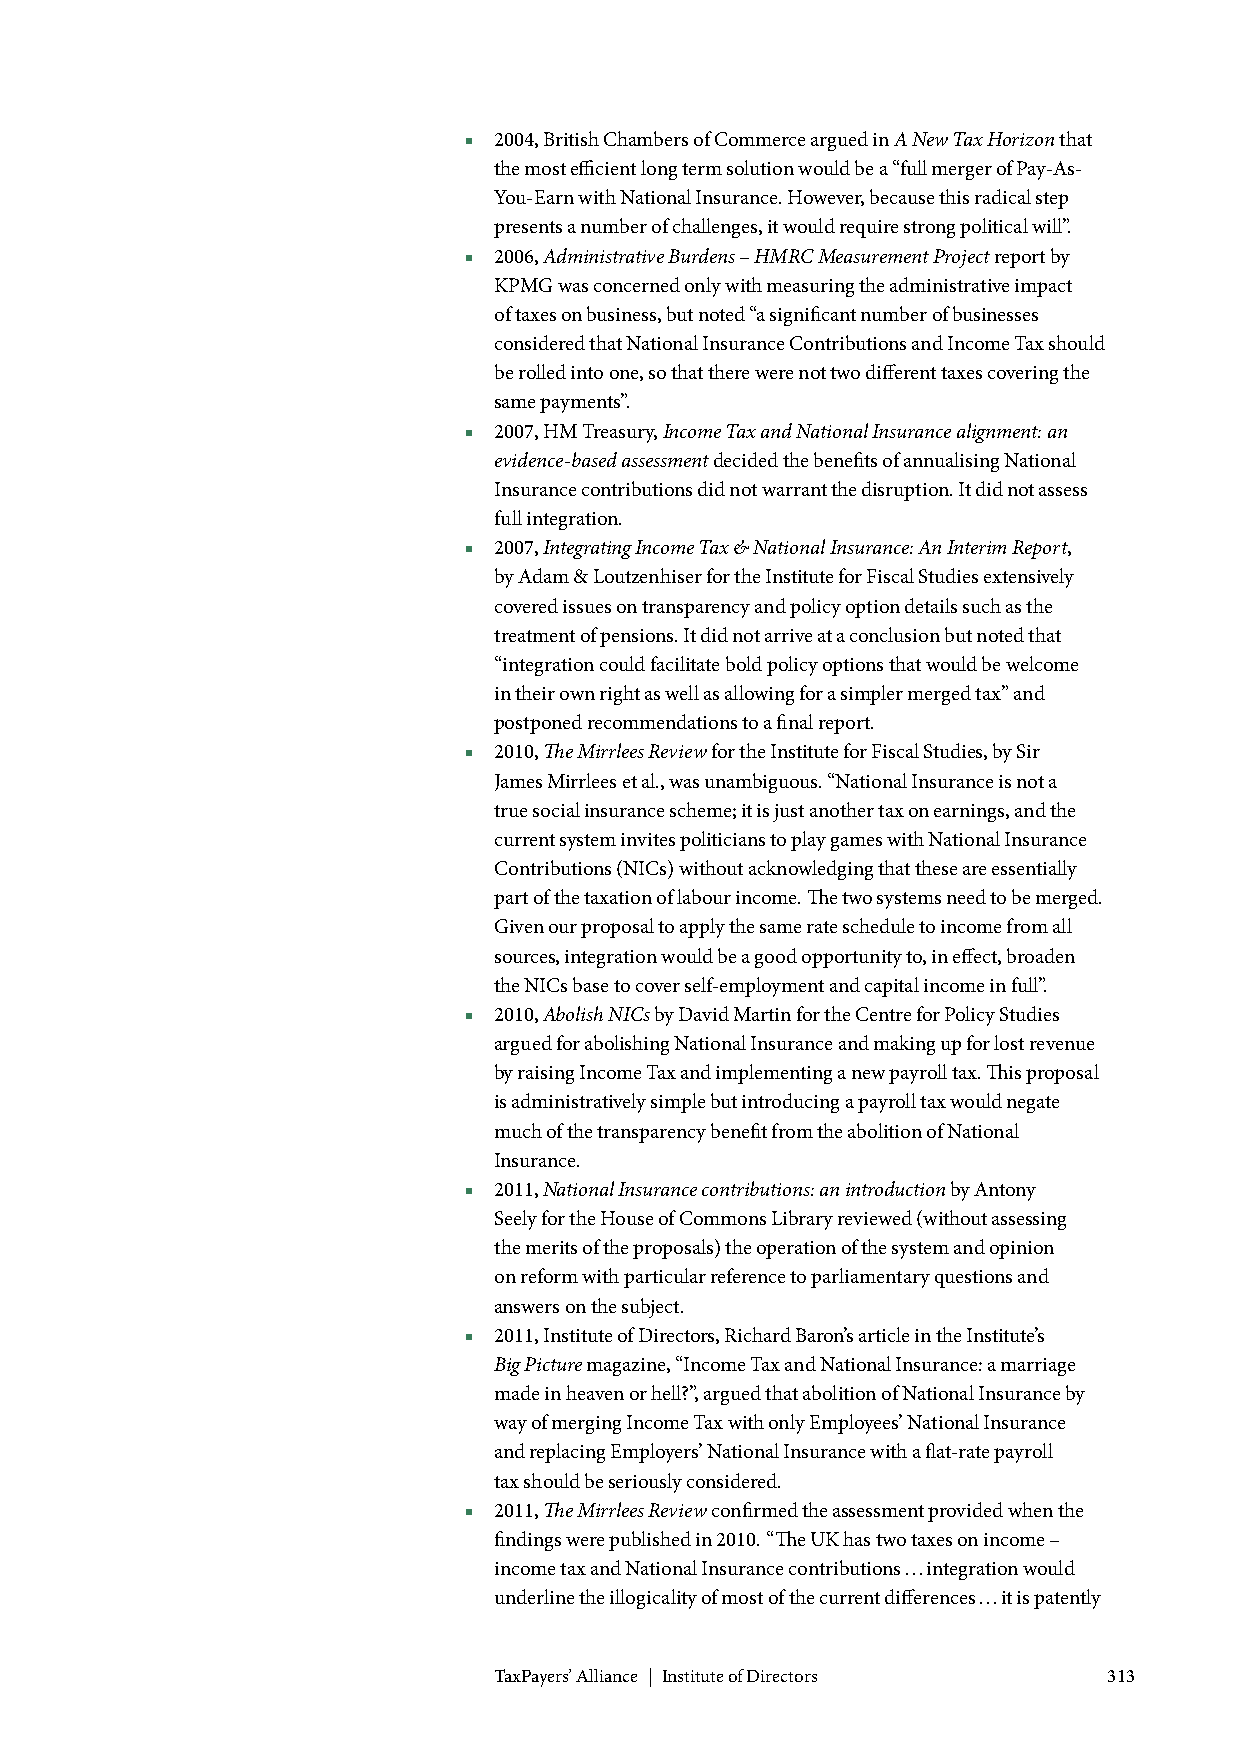
■ 2004, British Chambers of Commerce argued in A New Tax Horizon that
 the most efficient long term solution would be a “full merger of Pay-As-
 You-Earn with National Insurance. However, because this radical step
 presents a number of challenges, it would require strong political will”.
 ■ 2006, Administrative Burdens – HMRC Measurement Project report by
 KPMG was concerned only with measuring the administrative impact
 of taxes on business, but noted “a significant number of businesses
 considered that National Insurance Contributions and Income Tax should
 be rolled into one, so that there were not two different taxes covering the
 same payments”.
 ■ 2007, HM Treasury, Income Tax and National Insurance alignment: an
 evidence-based assessment decided the benefits of annualising National
 Insurance contributions did not warrant the disruption. It did not assess
 full integration.
 ■ 2007, Integrating Income Tax & National Insurance: An Interim Report,
 by Adam & Loutzenhiser for the Institute for Fiscal Studies extensively
 covered issues on transparency and policy option details such as the
 treatment of pensions. It did not arrive at a conclusion but noted that
 “integration could facilitate bold policy options that would be welcome
 in their own right as well as allowing for a simpler merged tax” and
 postponed recommendations to a final report.
 ■ 2010, The Mirrlees Review for the Institute for Fiscal Studies, by Sir
 James Mirrlees et al., was unambiguous. “National Insurance is not a
 true social insurance scheme; it is just another tax on earnings, and the
 current system invites politicians to play games with National Insurance
 Contributions (NICs) without acknowledging that these are essentially
 part of the taxation of labour income. The two systems need to be merged.
 Given our proposal to apply the same rate schedule to income from all
 sources, integration would be a good opportunity to, in effect, broaden
 the NICs base to cover self-employment and capital income in full”.
 ■ 2010, Abolish NICs by David Martin for the Centre for Policy Studies
 argued for abolishing National Insurance and making up for lost revenue
 by raising Income Tax and implementing a new payroll tax. This proposal
 is administratively simple but introducing a payroll tax would negate
 much of the transparency benefit from the abolition of National
 Insurance.
 ■ 2011, National Insurance contributions: an introduction by Antony
 Seely for the House of Commons Library reviewed (without assessing
 the merits of the proposals) the operation of the system and opinion
 on reform with particular reference to parliamentary questions and
 answers on the subject.
 ■ 2011, Institute of Directors, Richard Baron’s article in the Institute’s
 Big Picture magazine, “Income Tax and National Insurance: a marriage
 made in heaven or hell?”, argued that abolition of National Insurance by
 way of merging Income Tax with only Employees’ National Insurance
 and replacing Employers’ National Insurance with a flat-rate payroll
 tax should be seriously considered.
 ■ 2011, The Mirrlees Review confirmed the assessment provided when the
 findings were published in 2010. “The UK has two taxes on income –
 income tax and National Insurance contributions … integration would
 underline the illogicality of most of the current differences … it is patently
 TaxPayers’ Alliance | Institute of Directors 313